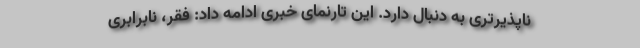
ناپذیرتری به دنبال دارد. این تارنمای خبری ادامه داد: فقر، نابرابری